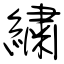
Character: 繡